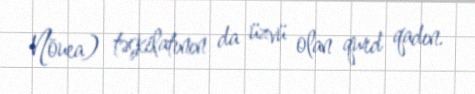
Nōuea) təşkilatının da üzvü olan qurd qadın.